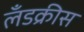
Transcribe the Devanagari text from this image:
लँडक्रीस